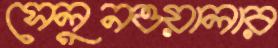
সেলুনওয়ালার